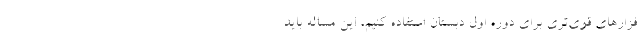
فزارهای قوی‌تری برای دوره اول دبستان استفاده کنیم، این مساله باید